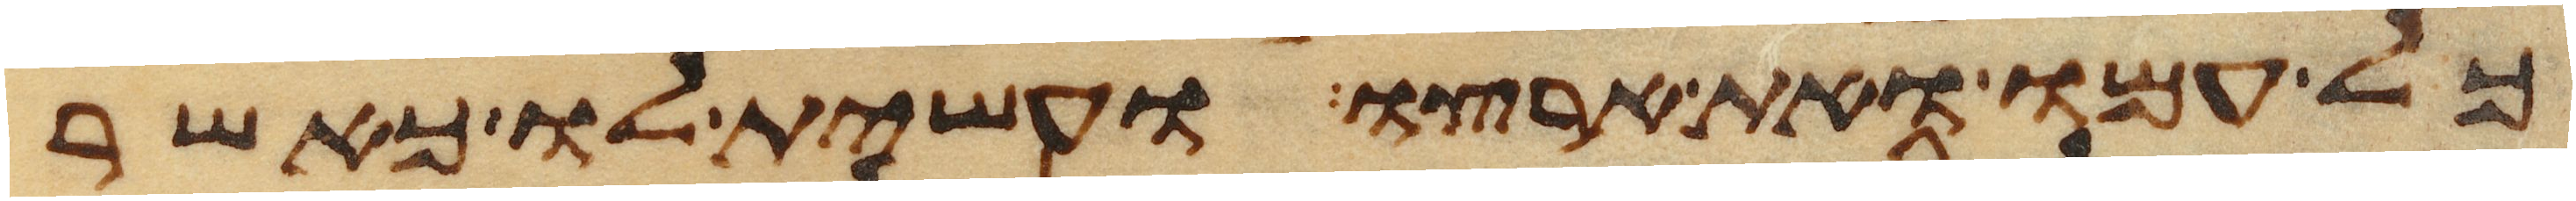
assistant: כל עמו ואת ארצו ועשית לו כאשר